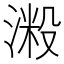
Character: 𣺲